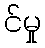
င်မှု